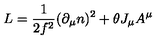
L = { \frac { 1 } { 2 { f } ^ { 2 } } } ( \partial _ { \mu } n ) ^ { 2 } + \theta J _ { { \mu } } A ^ { \mu }